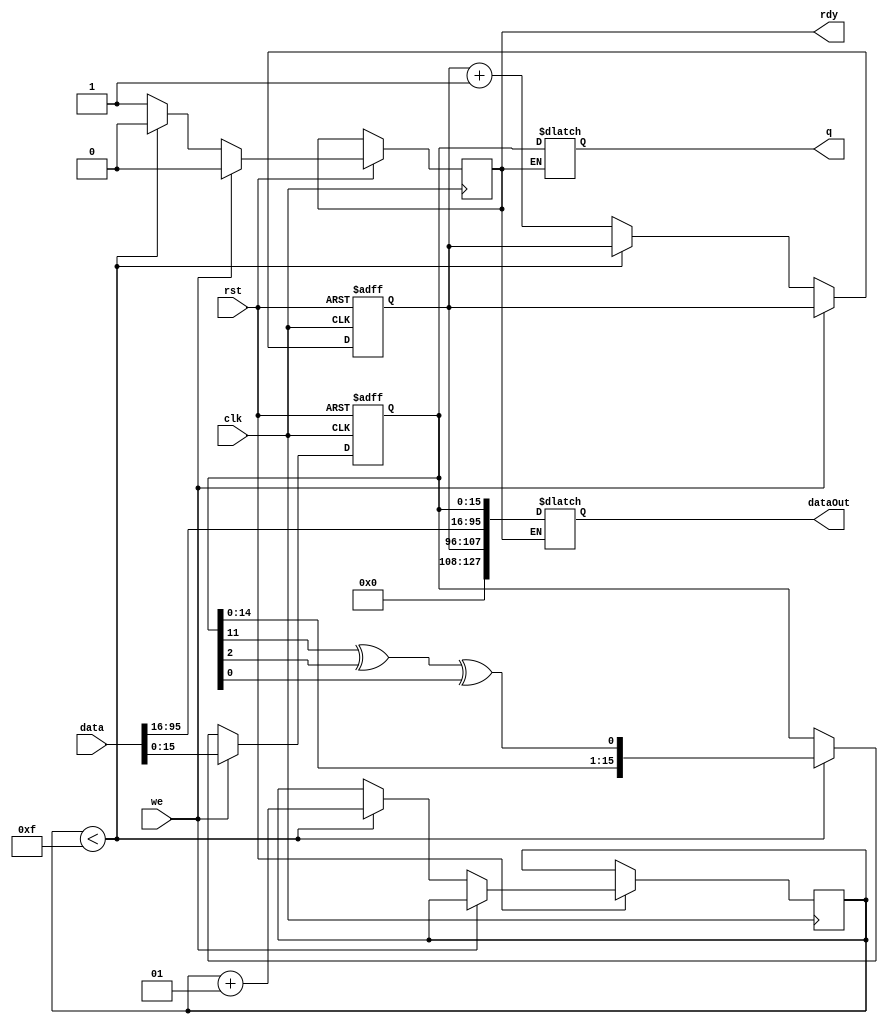
module crc #(parameter NBITS=16)	// parameter not really needed...
	     (input clk,
	      input rst,
	      input we,
	      input [95:0] data,
	      output reg [NBITS-1:0] q,
	      output reg [127:0] dataOut,
	      output reg rdy);

reg [NBITS:1] d;
reg xorin;
integer count = 0;
reg [11:0] seq;


always@(posedge clk, negedge rst)
begin
	if(!rst)
	begin
		d <= 16'b1;
		seq <= 0;
	end
	else begin
		if(we)begin
			d <= data;
			if(rdy)begin
			rdy <= 0;
			end
		end
		else begin	
			if(count < 15)begin
			d <= {d[NBITS-1:1], xorin};
			rdy <= 0;
			count <= count + 1;
			end
			else begin
			rdy <= 1;
			seq <= seq + 1;
			end
		end
	end
end

always@(*)begin
	xorin = (d[12] ^ d[3] ^ d[1]);
	if(rdy)begin
	q = d[NBITS:1];
	dataOut[15:0] = q;
	dataOut[95:16] = data[95:16];
	dataOut[127:96] = seq;
	end
end

endmodule